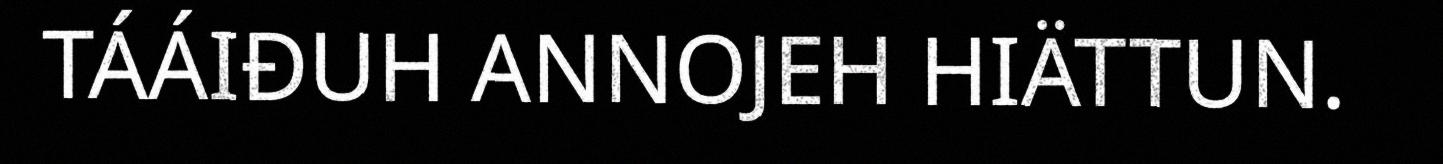
TÁÁIĐUH ANNOJEH HIÄTTUN.